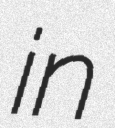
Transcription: in